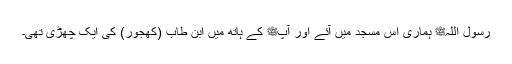
رسول اللہﷺ ہماری اس مسجد میں آئے اور آپﷺ کے ہاتھ میں ابن طاب (کھجور) کی ایک چھڑی تھی۔